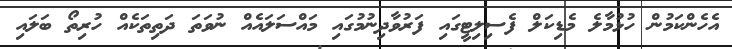
އެހެންކަމުން ހުޅުމާލެ މެޑިކަލް ފެސިލިޓީގައި ފަރުވާދިނުމުގައި މައްސަލައެއް ނުވަތަ ދަތިތަކެއް ހުރިތޯ ބަލައި